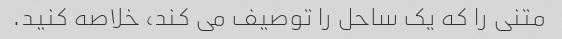
متنی را که یک ساحل را توصیف می کند، خلاصه کنید.